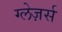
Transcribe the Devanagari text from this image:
ग्लेज़र्स